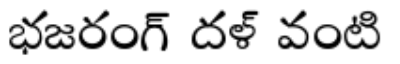
భజరంగ్ దళ్ వంటి